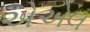
એએલ